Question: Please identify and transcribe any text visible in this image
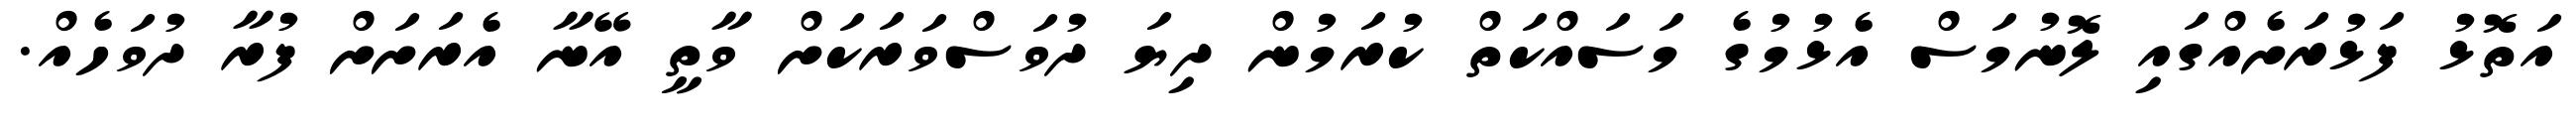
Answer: އަތޮޅު ފަޅުރަށެއްގައި ލޮނުމަސް އެޅުމުގެ މަސައްކަތް ކުރަމުން ދިޔަ ދުވަސްވަރަކަށް ވާތީ އޭނާ އެރަށަށް ފުރާ ދުވަހެއް.